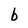
Character: b